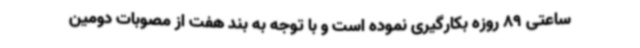
ساعتی 89 روزه بکارگیری نموده است و با توجه به بند هفت از مصوبات دومین